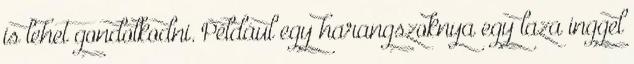
is lehet gondolkodni. Például egy harangszoknya egy laza inggel